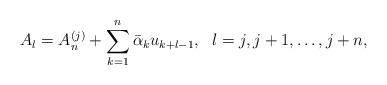
LaTeX: \begin{align*} A_l=A^{(j)}_n+\sum^n_{k=1}\bar{\alpha}_ku_{k+l-1},\ \ l=j,j+1,\ldots,j+n,\end{align*}